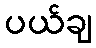
ပယ်ချ